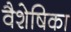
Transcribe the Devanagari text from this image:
वैशेषिका